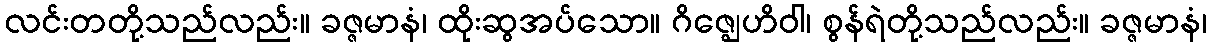
လင်းတတို့သည်လည်း။ ခဇ္ဇမာနံ၊ ထိုးဆွအပ်သော။ ဂိဇ္ဈေဟိဝါ၊ စွန်ရဲတို့သည်လည်း။ ခဇ္ဇမာနံ၊